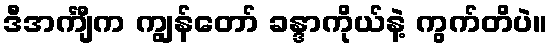
ဒီအင်္ကျီက ကျွန်တော် ခန္ဒာကိုယ်နဲ့ ကွက်တိပဲ။